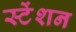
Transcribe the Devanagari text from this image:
स्टेंशन